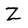
Character: Z